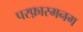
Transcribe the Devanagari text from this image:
परफ़ारमनग